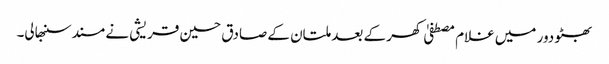
بھٹو دور میں غلام مصطفیٰ کھر کے بعد ملتان کے صادق حسین قریشی نے مسند سنبھالی۔